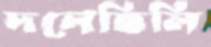
দলেছিলি